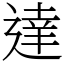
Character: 達